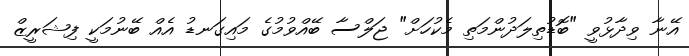
އޭނާ ވިދާޅުވީ "ބޮޑުތިލަދުންމަތި މެކުހަށް" ޖަލްސާ ބޭއްވުމުގެ މައިގަނޑު އެއް ބޭނުމަކީ ފިޝަރީޒް